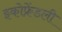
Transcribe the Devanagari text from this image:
इकोफ्रेंडली